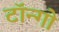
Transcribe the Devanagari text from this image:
टॉन्गो